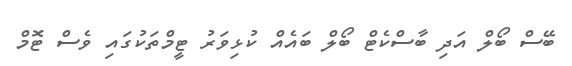
ބޭސް ބޯލް އަދި ބާސްކެޓް ބޯލް ބައެއް ކުޅިވަރު ޓީމްތަކުގައި ވެސް ޓޮމް